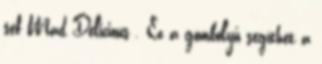
séf Mad Delicious . Ez a gömbölyű segíthet a